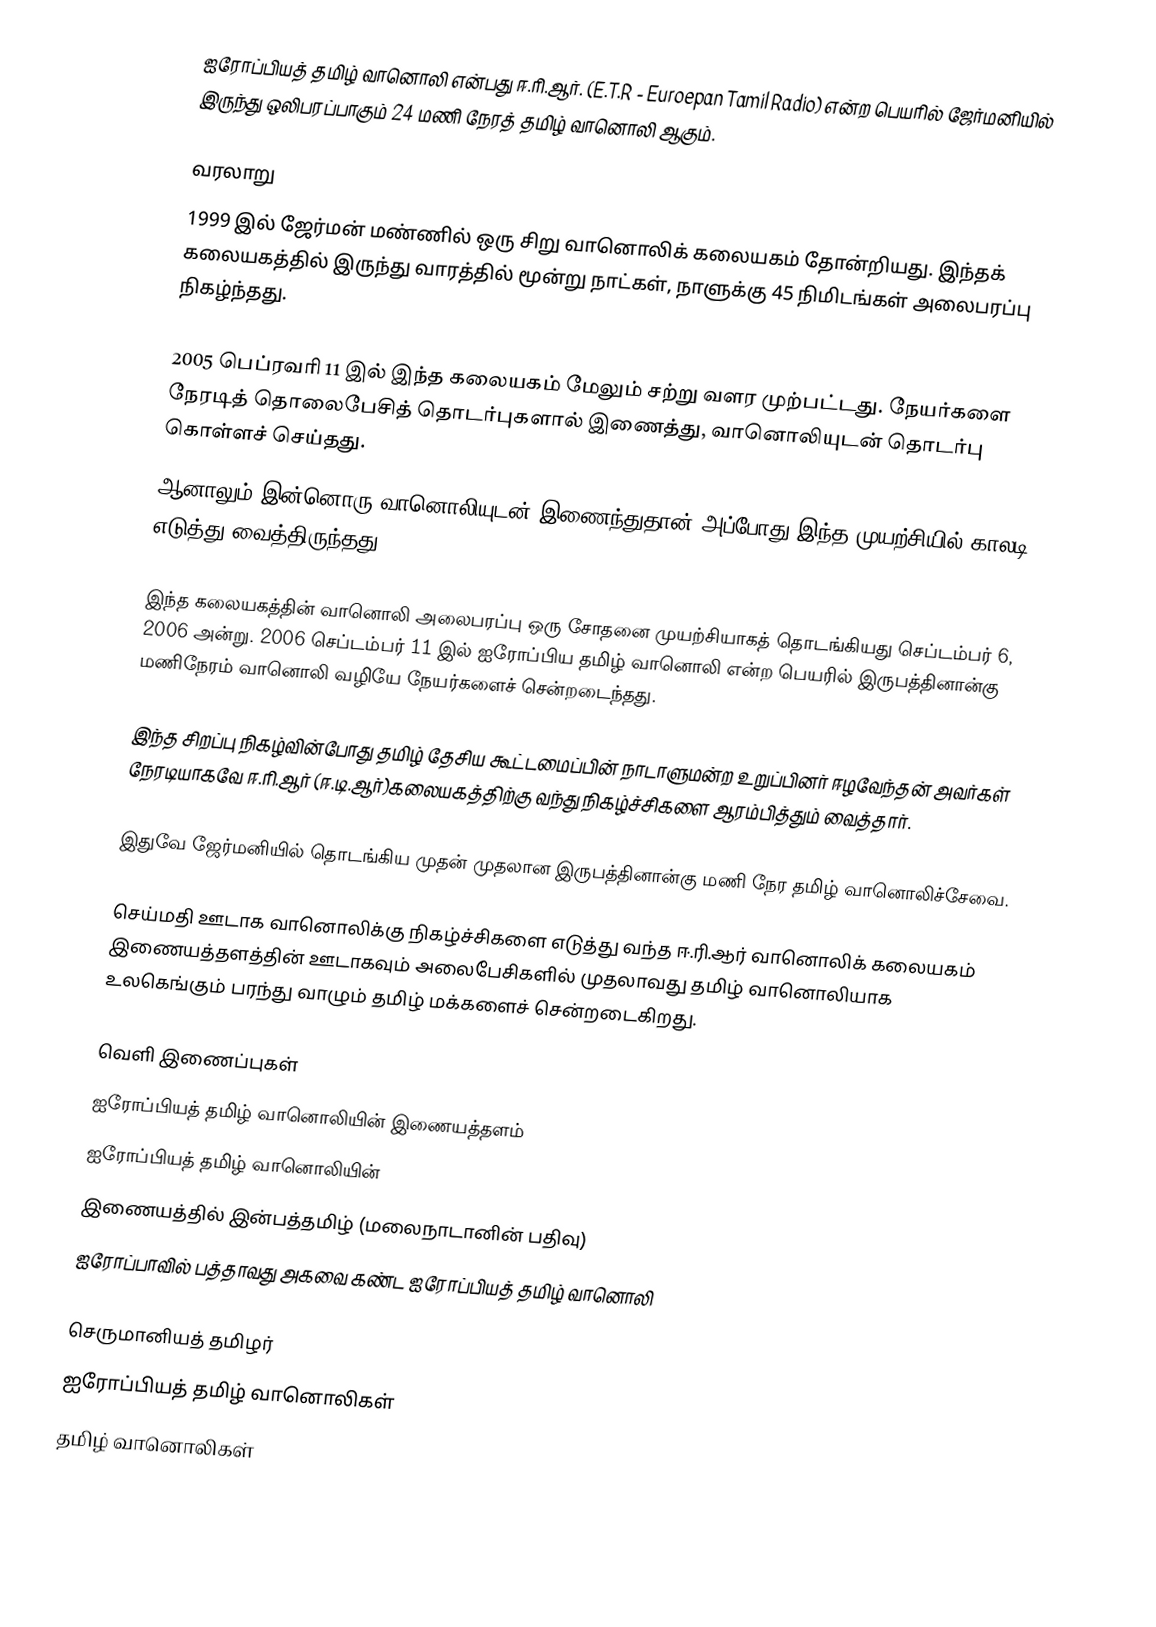
ஐரோப்பியத் தமிழ் வானொலி என்பது ஈ.ரி.ஆர். (E.T.R - Euroepan Tamil Radio) என்ற பெயரில் ஜேர்மனியில் இருந்து ஒலிபரப்பாகும் 24 மணி நேரத் தமிழ் வானொலி ஆகும்.

வரலாறு
1999 இல் ஜேர்மன் மண்ணில் ஒரு சிறு வானொலிக் கலையகம் தோன்றியது. இந்தக் கலையகத்தில் இருந்து வாரத்தில் மூன்று நாட்கள், நாளுக்கு 45 நிமிடங்கள் அலைபரப்பு நிகழ்ந்தது.

2005 பெப்ரவரி 11 இல் இந்த கலையகம் மேலும் சற்று வளர முற்பட்டது. நேயர்களை நேரடித் தொலைபேசித் தொடர்புகளால் இணைத்து, வானொலியுடன் தொடர்பு கொள்ளச் செய்தது.
ஆனாலும் இன்னொரு வானொலியுடன் இணைந்துதான் அப்போது இந்த முயற்சியில் காலடி எடுத்து வைத்திருந்தது.

இந்த கலையகத்தின் வானொலி அலைபரப்பு  ஒரு சோதனை முயற்சியாகத் தொடங்கியது செப்டம்பர் 6, 2006 அன்று. 2006 செப்டம்பர் 11 இல் ஐரோப்பிய தமிழ் வானொலி என்ற பெயரில் இருபத்தினான்கு மணிநேரம் வானொலி வழியே நேயர்களைச் சென்றடைந்தது.

இந்த சிறப்பு நிகழ்வின்போது தமிழ் தேசிய கூட்டமைப்பின் நாடாளுமன்ற உறுப்பினர் ஈழவேந்தன் அவர்கள் நேரடியாகவே ஈ.ரி.ஆர் (ஈ.டி.ஆர்)கலையகத்திற்கு வந்து நிகழ்ச்சிகளை ஆரம்பித்தும் வைத்தார்.

இதுவே ஜேர்மனியில் தொடங்கிய முதன் முதலான இருபத்தினான்கு மணி நேர தமிழ் வானொலிச்சேவை.

செய்மதி ஊடாக வானொலிக்கு நிகழ்ச்சிகளை எடுத்து வந்த ஈ.ரி.ஆர் வானொலிக் கலையகம் இணையத்தளத்தின் ஊடாகவும் அலைபேசிகளில் முதலாவது தமிழ் வானொலியாக  உலகெங்கும் பரந்து வாழும் தமிழ் மக்களைச் சென்றடைகிறது.

வெளி இணைப்புகள்
 ஐரோப்பியத் தமிழ் வானொலியின் இணையத்தளம்
 ஐரோப்பியத் தமிழ் வானொலியின்
 இணையத்தில் இன்பத்தமிழ் (மலைநாடானின் பதிவு)
 ஐரோப்பாவில் பத்தாவது அகவை கண்ட ஐரோப்பியத் தமிழ் வானொலி

செருமானியத் தமிழர்
ஐரோப்பியத் தமிழ் வானொலிகள்
தமிழ் வானொலிகள்